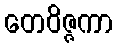
တေဝိဇ္ဇကာ